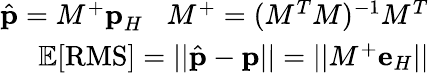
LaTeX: \begin{array}{r}{\hat{\textbf{p}}=M^{+}\textbf{p}_{H}\; \; \; M^{+}=(M^{T}M)^{-1}M^{T}}\\ {\mathbb{E}[\textrm{RMS}]=||\hat{\textbf{p}}-\textbf{p}||=||M^{+}\textbf{e}_{H}||}\end{array}